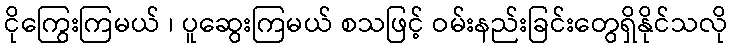
ငိုကြွေးကြမယ် ၊ ပူဆွေးကြမယ် စသဖြင့် ဝမ်းနည်းခြင်းတွေရှိနိုင်သလို